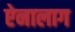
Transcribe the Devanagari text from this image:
ऐनालाग